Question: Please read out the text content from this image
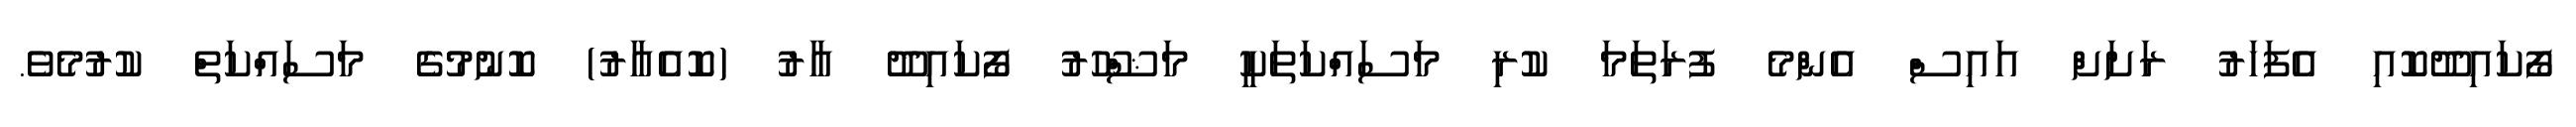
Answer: ފޯކައިދޫކޮއި އެފަހަރު ރަށަށް އައިސް އެންމެ ފުރަތަމަ ކުރި މަސައްކަތަކީ މަޝްހޫރު ފޯކައިދޫ އާރު (ކޮއެއާރު) ކޮނުމުގެ މަސައްކަތް ކުރުމެވެ.